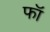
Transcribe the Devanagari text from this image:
फॉ